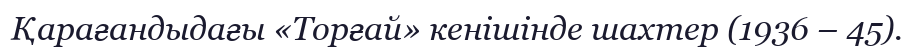
Қарағандыдағы «Торғай» кенішінде шахтер (1936 – 45).